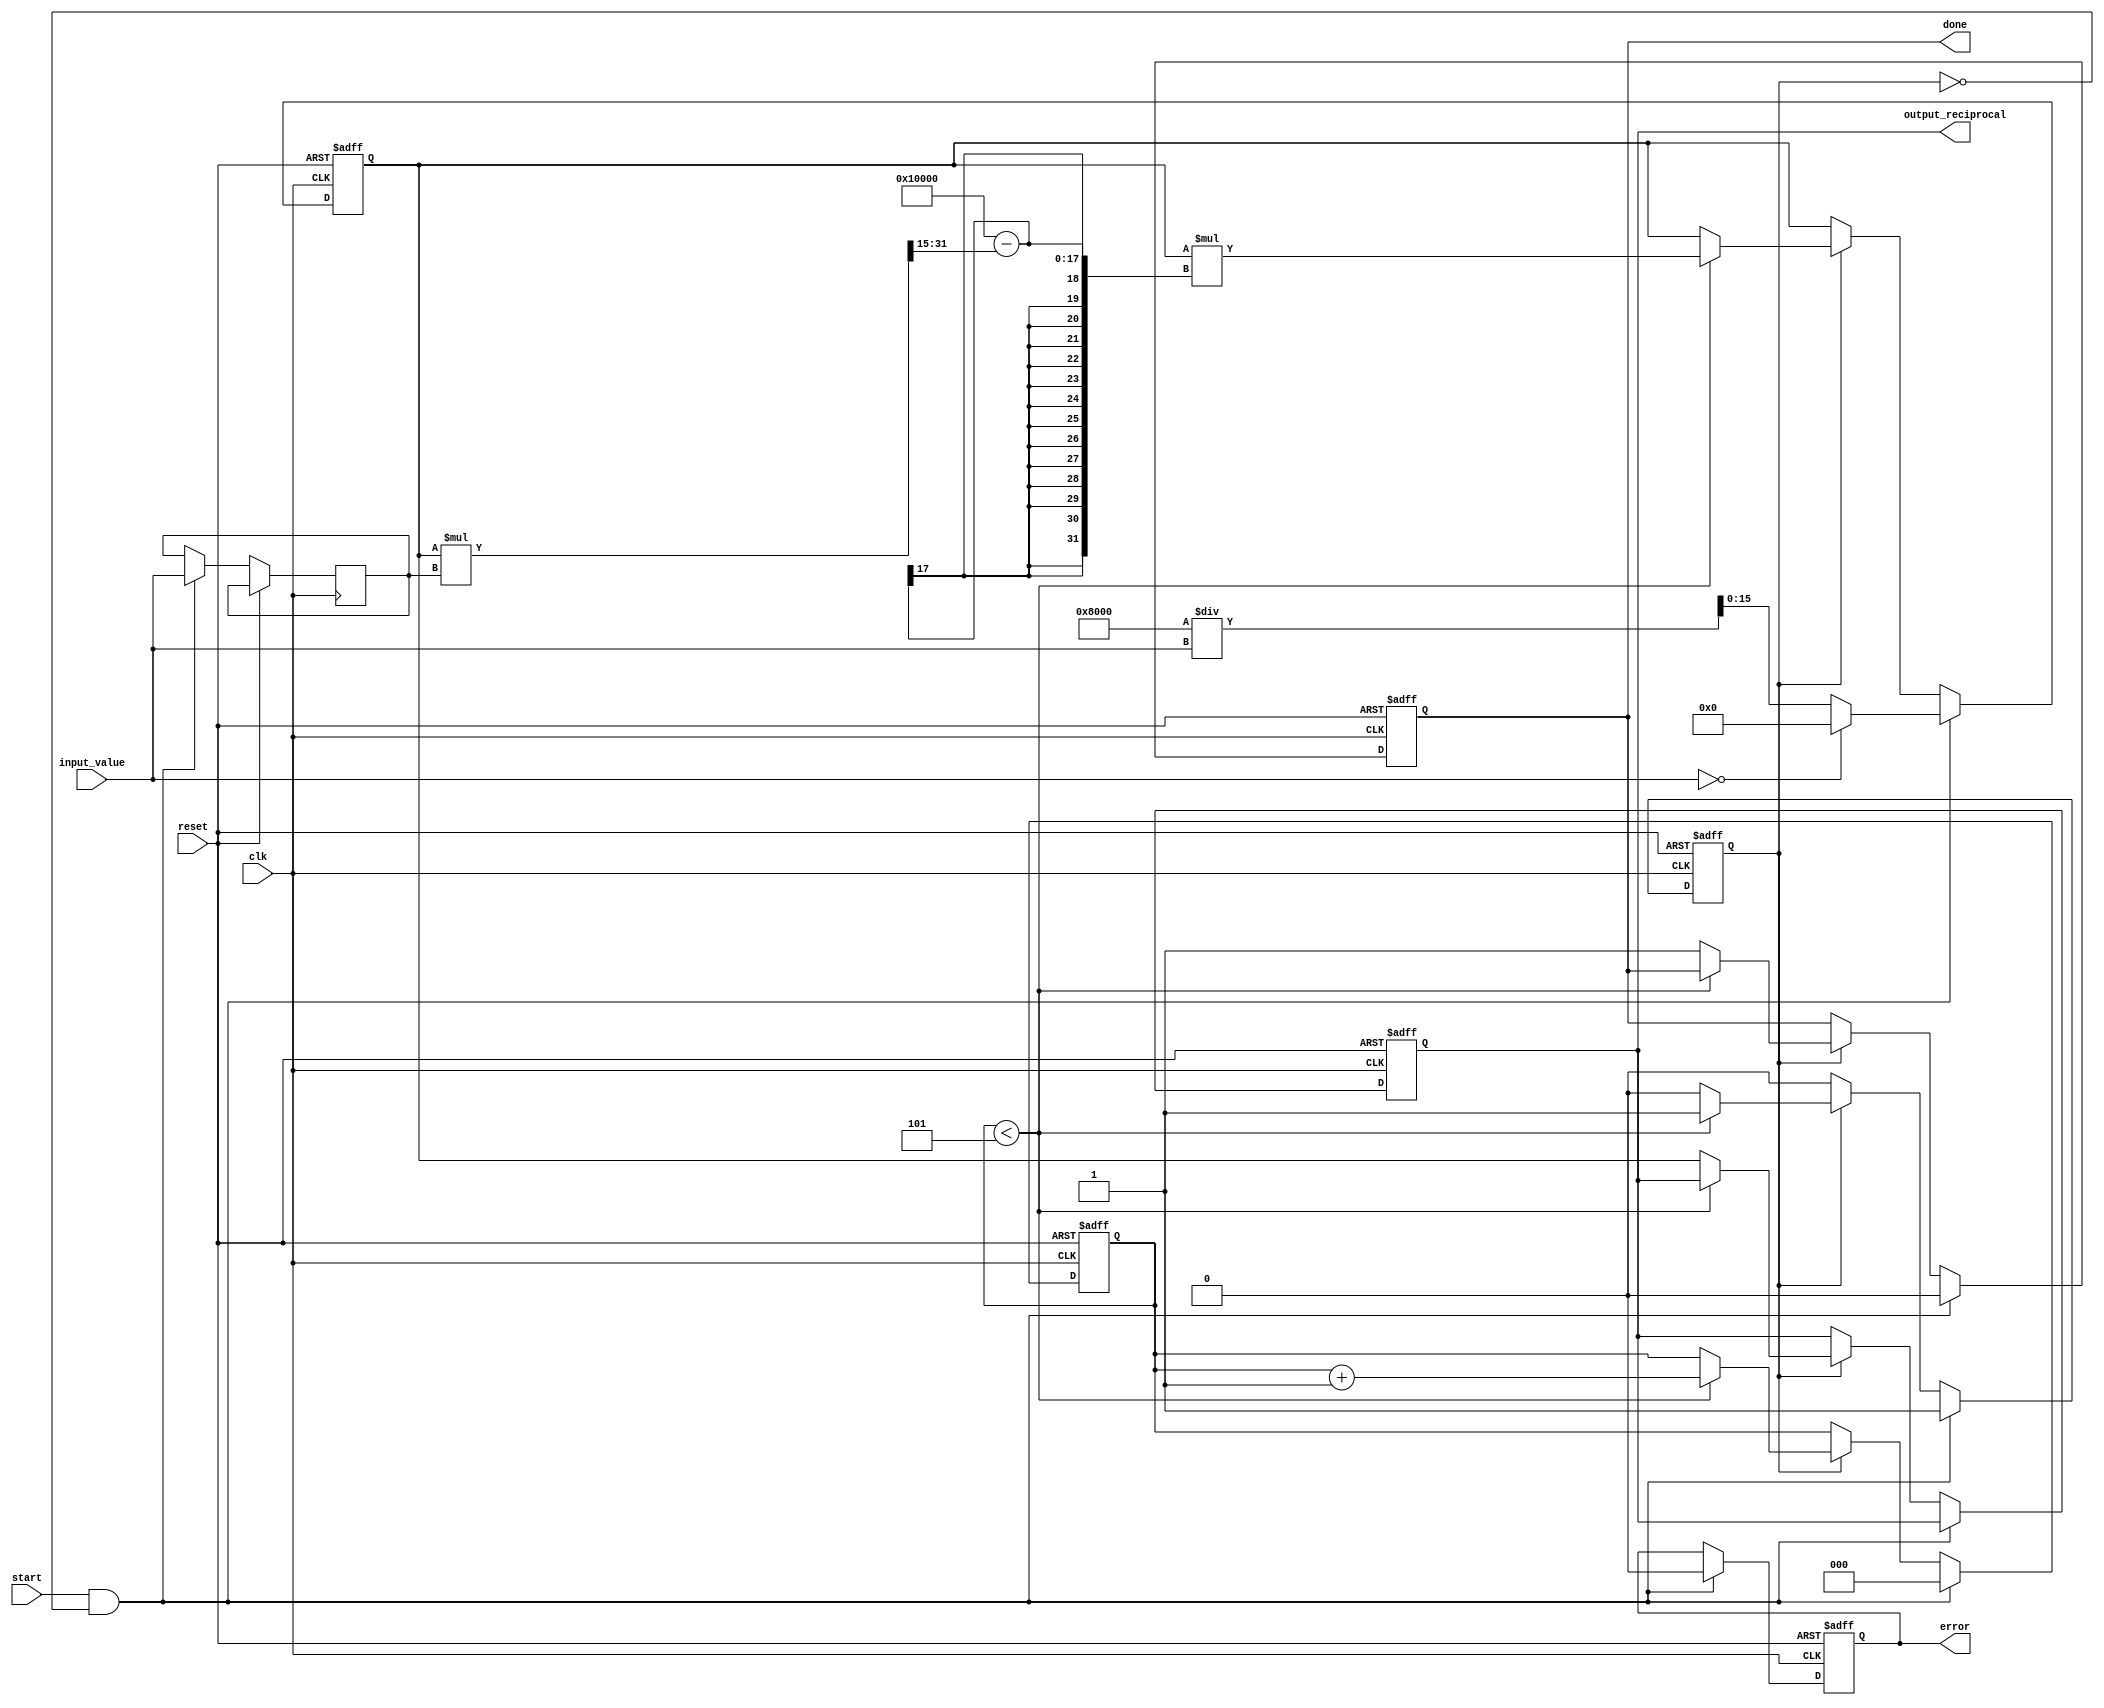
module iterative_reciprocal #(
    parameter N = 16, // Input bit-width
    parameter M = 16, // Output bit-width
    parameter ITERATIONS = 5 // Number of iterations for accuracy
)(
    input wire clk,
    input wire reset,
    input wire start,
    input wire [N-1:0] input_value, // Fixed-point input
    output reg [M-1:0] output_reciprocal, // Fixed-point output
    output reg done,
    output reg error
);

    reg [M-1:0] estimate; // Current estimate of the reciprocal
    reg [N-1:0] A; // Input value
    reg [2:0] iteration_count; // Iteration counter
    reg computing; // Flag to indicate computation in progress

    // Initial estimate generation (simple approximation)
    function [M-1:0] initial_estimate(input [N-1:0] value);
        begin
            // A simple initial estimate: 1 / value (using a right shift)
            if (value == 0) begin
                initial_estimate = {M{1'b0}}; // Return 0 for zero input
            end else begin
                initial_estimate = (1 << (M-1)) / value; // 2^(M-1) / value
            end
        end
    endfunction

    // Iterative reciprocal computation
    always @(posedge clk or posedge reset) begin
        if (reset) begin
            output_reciprocal <= 0;
            done <= 0;
            error <= 0;
            estimate <= 0;
            iteration_count <= 0;
            computing <= 0;
        end else begin
            if (start && !computing) begin
                A <= input_value;
                estimate <= initial_estimate(input_value);
                iteration_count <= 0;
                computing <= 1;
                done <= 0;
                error <= 0;
            end else if (computing) begin
                if (iteration_count < ITERATIONS) begin
                    // Update estimate: x_{n+1} = x_n * (2 - x_n * A)
                    estimate <= estimate * (2**M - (estimate * A >> (N - 1))); // Shift to account for fixed-point
                    iteration_count <= iteration_count + 1;
                end else begin
                    output_reciprocal <= estimate;
                    done <= 1;
                    computing <= 0;
                end
            end
        end
    end
endmodule